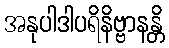
အနုပါဒါပရိနိဗ္ဗာနန္တိ